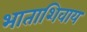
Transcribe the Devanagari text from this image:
भाताशिवाय